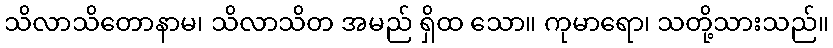
သိလာသိတောနာမ၊ သိလာသိတ အမည် ရှိထ သော။ ကုမာရော၊ သတို့သားသည်။